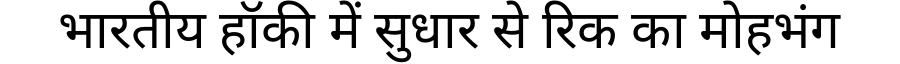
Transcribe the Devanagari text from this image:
भारतीय हॉकी में सुधार से रिक का मोहभंग